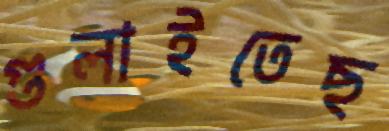
গুলাইতেছ